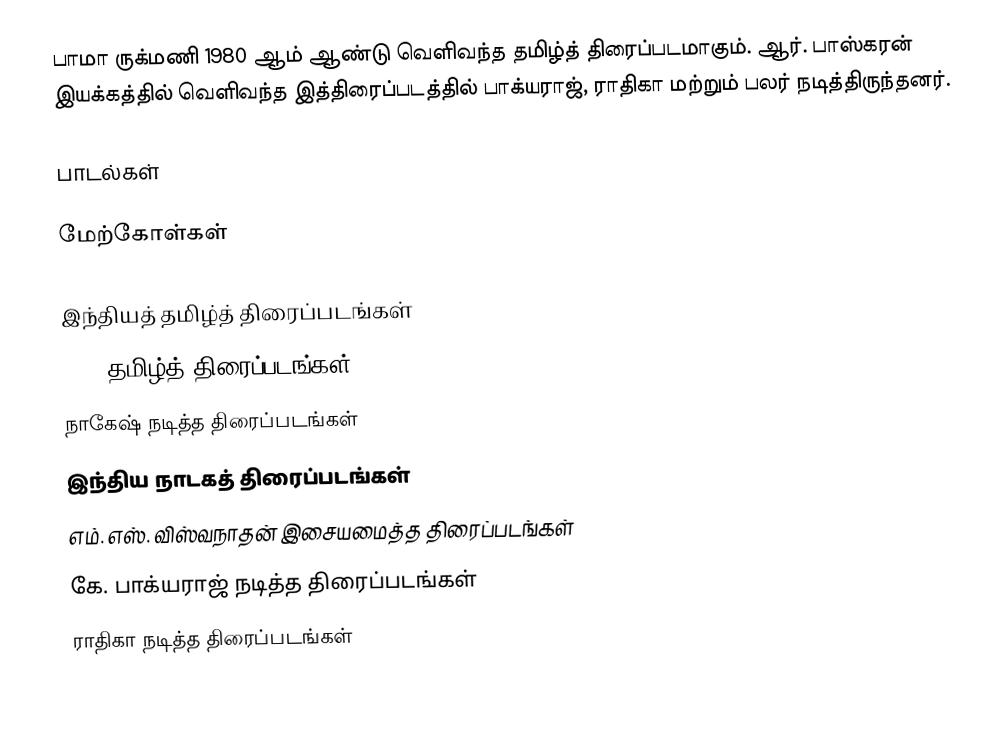
பாமா ருக்மணி 1980 ஆம் ஆண்டு வெளிவந்த தமிழ்த் திரைப்படமாகும். ஆர். பாஸ்கரன் இயக்கத்தில் வெளிவந்த இத்திரைப்படத்தில் பாக்யராஜ், ராதிகா மற்றும் பலர் நடித்திருந்தனர்.

பாடல்கள்

மேற்கோள்கள்

இந்தியத் தமிழ்த் திரைப்படங்கள்
1980 தமிழ்த் திரைப்படங்கள்
நாகேஷ் நடித்த திரைப்படங்கள்
இந்திய நாடகத் திரைப்படங்கள்
எம். எஸ். விஸ்வநாதன் இசையமைத்த திரைப்படங்கள்
கே. பாக்யராஜ் நடித்த திரைப்படங்கள்
ராதிகா நடித்த திரைப்படங்கள்